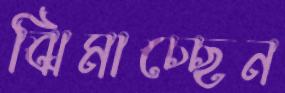
ঝিমাচ্ছেন